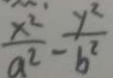
\frac { x ^ { 2 } } { a ^ { 2 } } - \frac { y ^ { 2 } } { b ^ { 2 } }